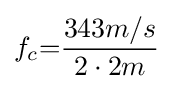
f_{c}{=}{\frac {343m/s}{2\cdot 2m}}